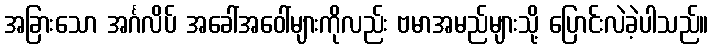
အခြားသော အင်္ဂလိပ် အခေါ်အဝေါ်များကိုလည်း ဗမာအမည်များသို့ ပြောင်းလဲခဲ့ပါသည်။